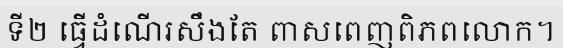
ទី២ ធ្វើដំណើរសឹងតែ ពាសពេញពិភពលោក។